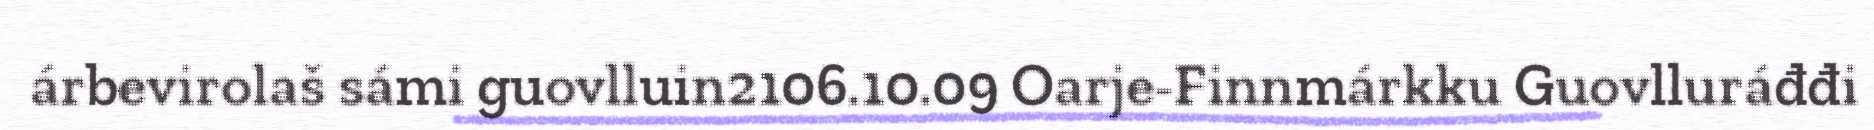
árbevirolaš sámi guovlluin2106.10.09 Oarje-Finnmárkku Guovlluráđđi